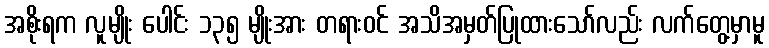
အစိုးရက လူမျိုး ပေါင်း ၁၃၅ မျိုးအား တရားဝင် အသိအမှတ်ပြုထားသော်လည်း လက်တွေ့မှာမူ